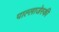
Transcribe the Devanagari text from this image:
पाल्लाजेस्की